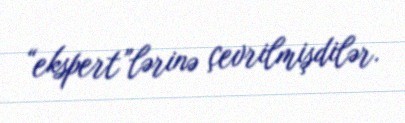
“ekspert”lərinə çevrilmişdilər.